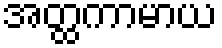
အတ္ထကာမာယ